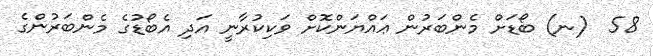
58  (ނ) ބޯޑަށް މެންބަރުން ޢައްޔަންކޮށް ވަކިކުރާނީ އަދި އެބޯޑުގެ މެންބަރުންގެ